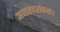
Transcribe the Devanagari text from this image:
अपारदर्शकता।